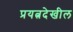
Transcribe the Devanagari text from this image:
प्रयत्नदेखील